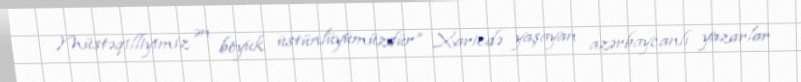
Müstəqilliyimiz ən böyük üstünlüyümüzdür” Xaricdə yaşayan azərbaycanlı yazarlar